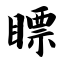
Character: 瞟